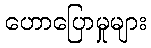
ဟောပြောမှုများ